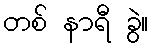
တစ် နာရီ ခွဲ။